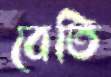
বেতি